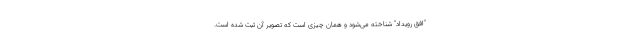
"افق رویداد" شناخته می‌شود و همان چیزی است که تصویر آن ثبت شده است.